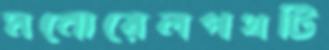
মনোরেলপথটি